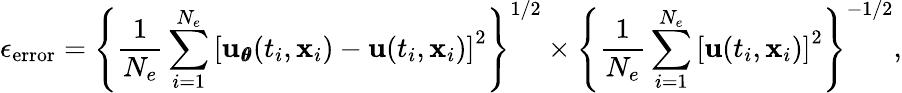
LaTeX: \epsilon_{\mathrm{error}}=\left\{ \frac{1}{N_{e}}\sum_{i=1}^{N_{e}}\left[{\mathbf u}_{\pmb\theta}(t_{i},{\mathbf x}_{i})-{\mathbf u}(t_{i},{\mathbf x}_{i})\right]^{2}\right\} ^{1/2}\times\left\{ \frac{1}{N_{e}}\sum_{i=1}^{N_{e}}\left[{\mathbf u}(t_{i},{\mathbf x}_{i})\right]^{2}\right\} ^{-1/2},